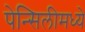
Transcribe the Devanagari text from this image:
पेन्सिलीमध्ये